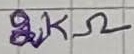
Text: 2KΩ